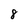
Character: 8